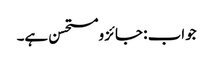
جواب : جائز ومستحسن ہے۔